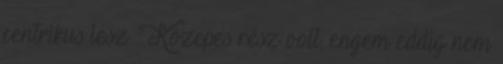
centrikus lesz : Közepes rész volt, engem eddig nem